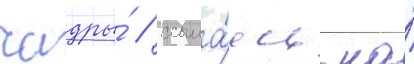
чадры́ / ссыла́ясь на́